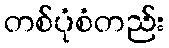
တစ်ပုံစံတည်း